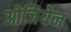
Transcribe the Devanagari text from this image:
ओजियेन